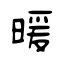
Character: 暖